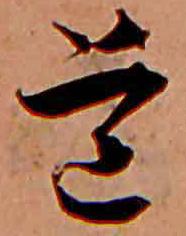
道